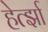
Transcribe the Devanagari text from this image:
हेर्त्झा